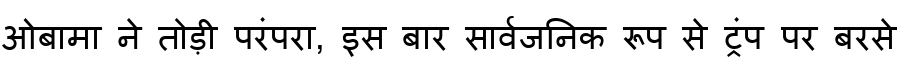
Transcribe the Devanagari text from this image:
ओबामा ने तोड़ी परंपरा, इस बार सार्वजनिक रूप से ट्रंप पर बरसे